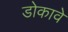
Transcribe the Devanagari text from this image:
डोकावे